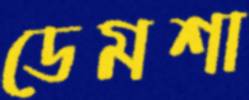
ডেমশা